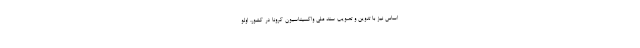
اساس نیز با تدوین و تصویب سند ملی واکسیناسیون کرونا در کشور، اولو